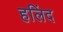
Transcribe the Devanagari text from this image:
हलिंद